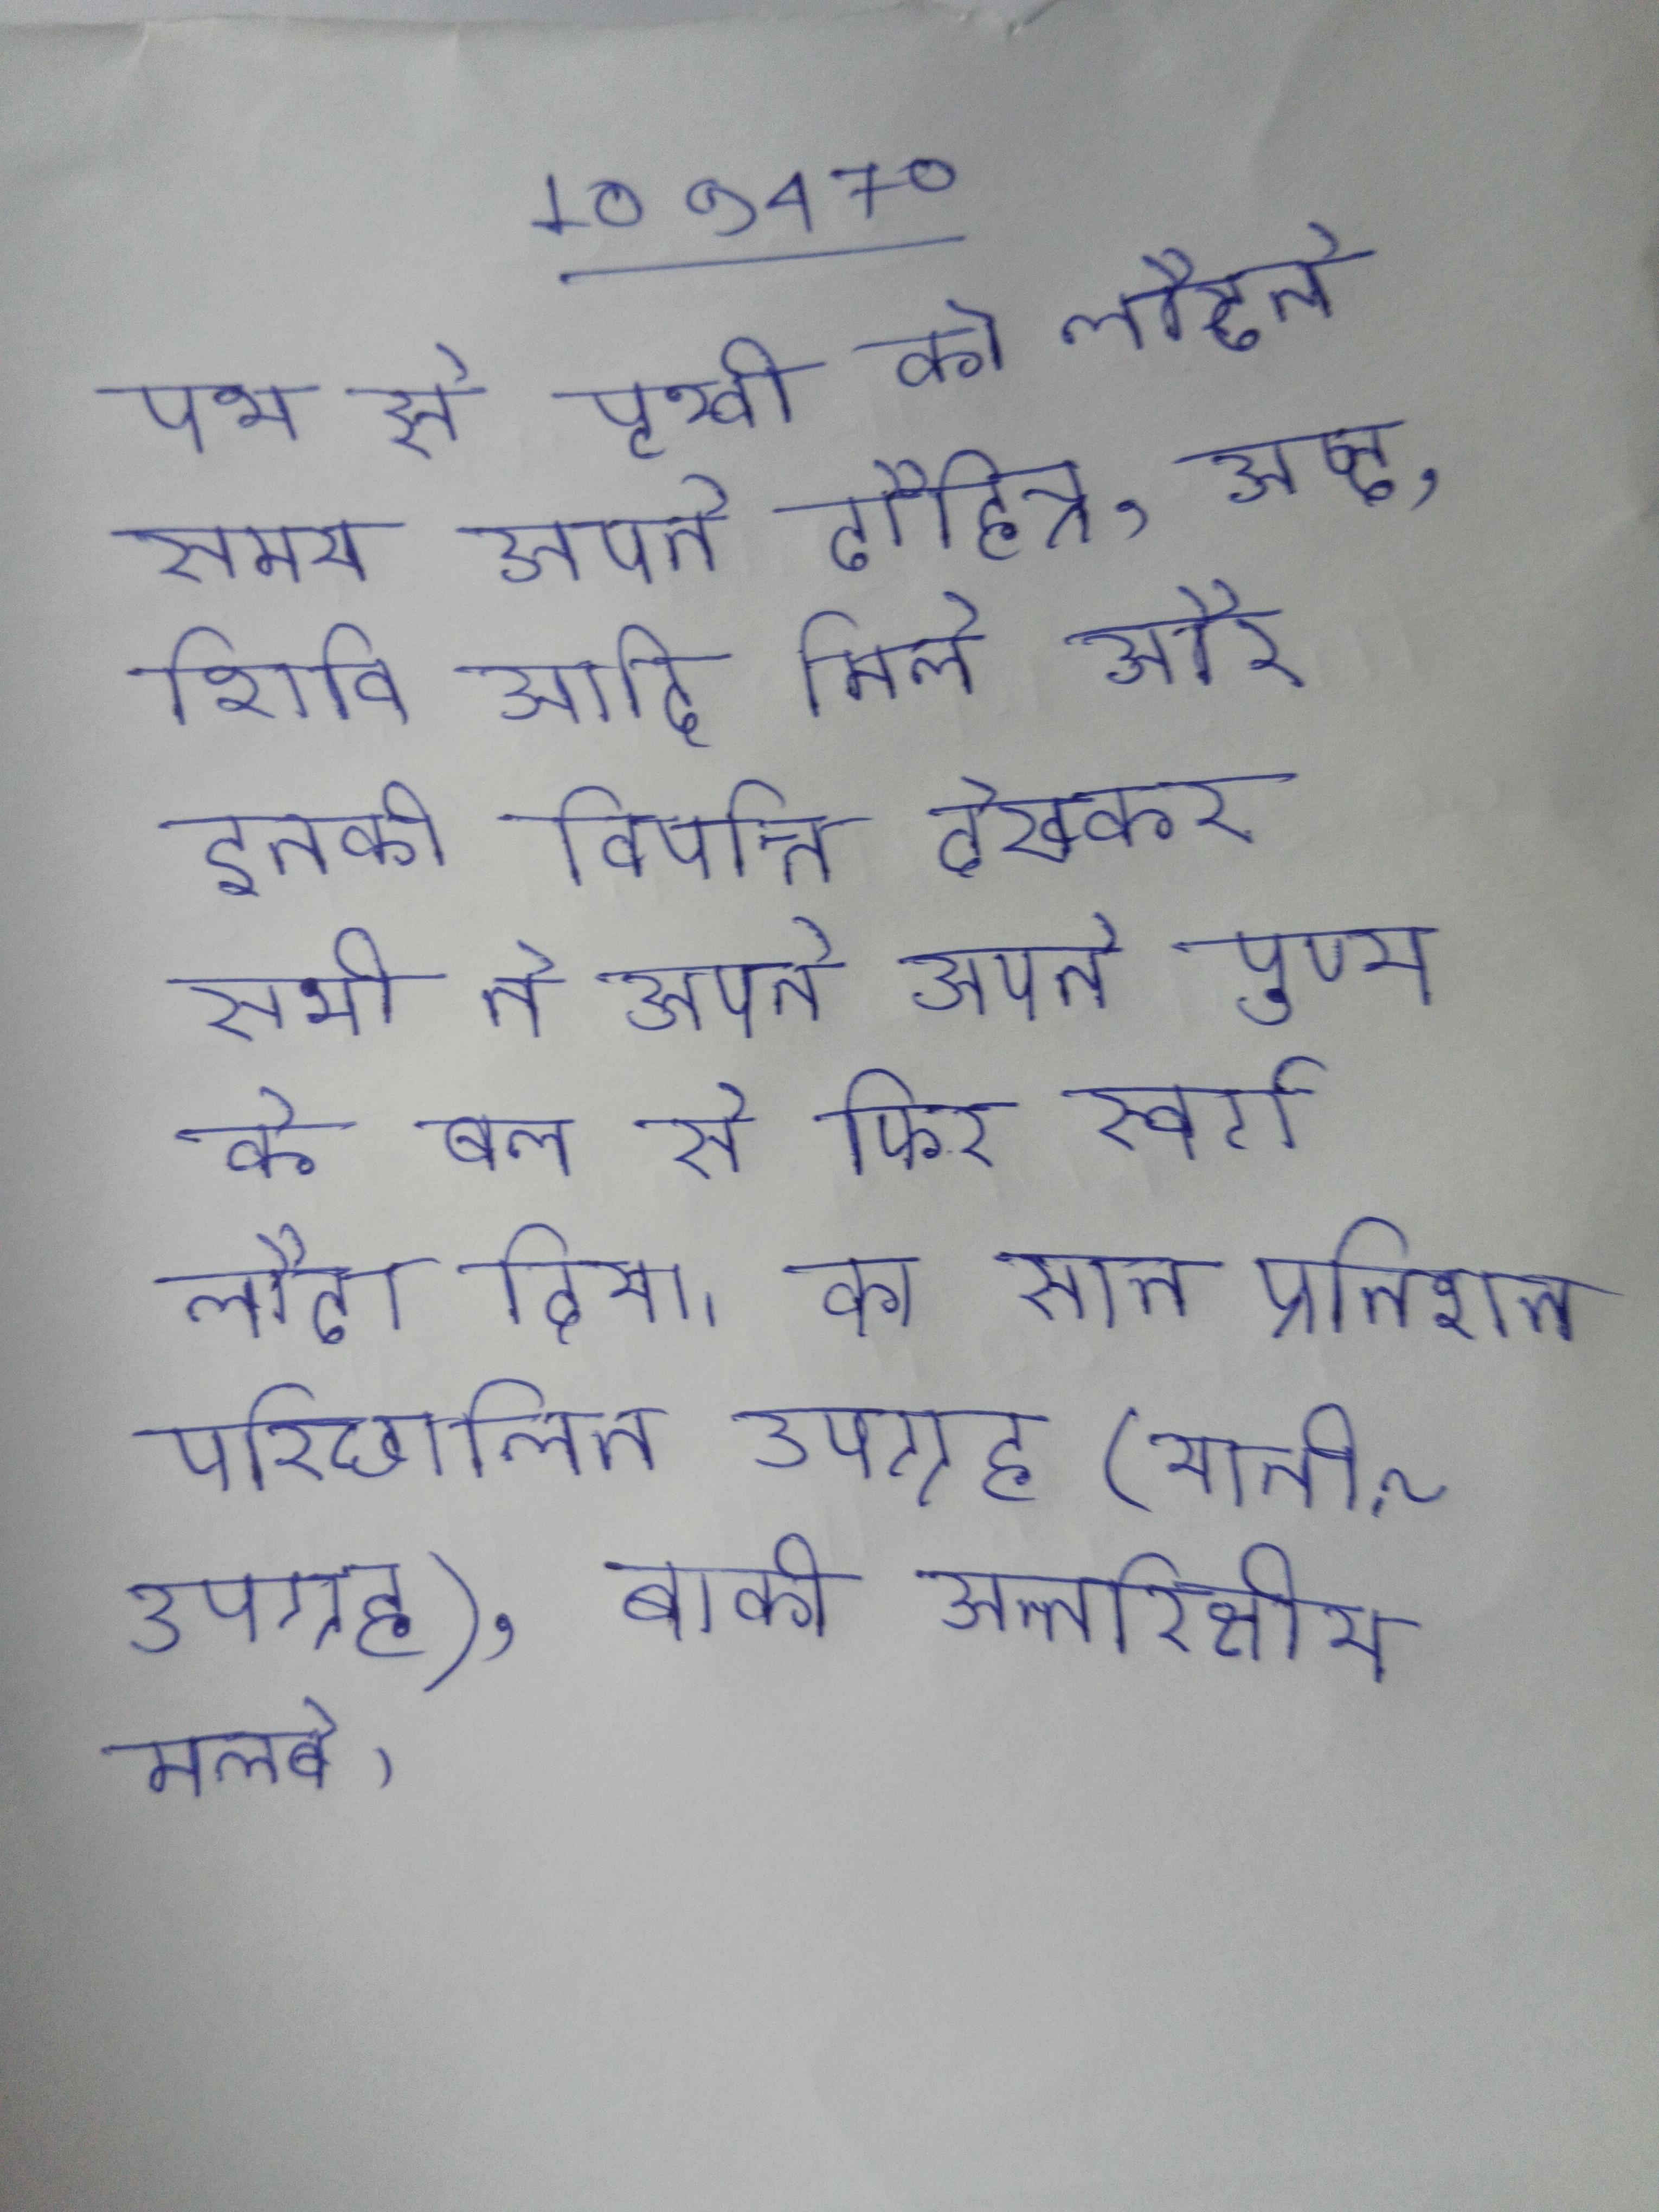
पथ से पृथ्वी को लौटते समय अपने दौहित्र, अष्ट, शिवि आदि मिले और इनकी विपत्ति देखकर सभी ने अपने अपने पुण्य के बल से फिर स्वर्ग लौटा दिया । का सात प्रतिशत परिछालित उपग्रह (यानी ~ उपग्रह), बाकी अन्तरिक्षीय मलबे ।